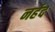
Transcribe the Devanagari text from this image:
नर्हद